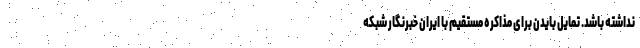
نداشته باشد. تمایل بایدن برای مذاکره مستقیم با ایران خبرنگار شبکه